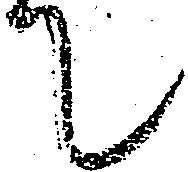
て